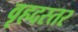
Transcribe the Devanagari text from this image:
वृहदस्तर